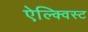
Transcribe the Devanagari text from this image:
ऐल्क्विस्ट